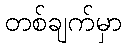
တစ်ချက်မှာ